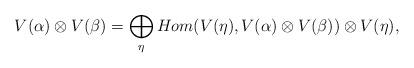
LaTeX: \begin{align*}V(\alpha)\otimes V(\beta) = \bigoplus_{\eta} Hom(V(\eta), V(\alpha)\otimes V(\beta))\otimes V(\eta),\\\end{align*}